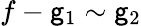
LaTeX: f-\mathsf{g}_{1}\sim\mathsf{g}_{2}